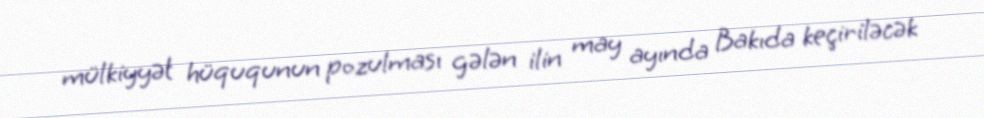
mülkiyyət hüququnun pozulması gələn ilin may ayında Bakıda keçiriləcək